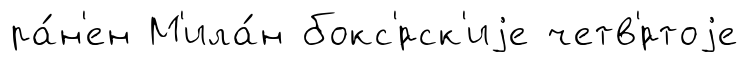
ра́н'ен М'ила́н бокс'́рск'иjе четв'́ртоjе